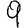
Digit: 9